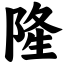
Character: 隆